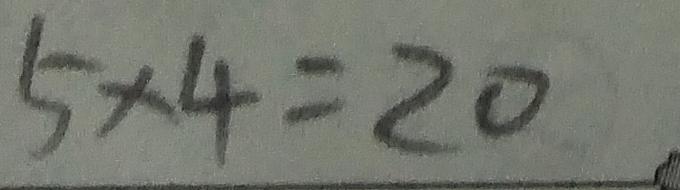
5 \times 4 = 2 0